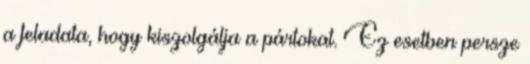
a feladata, hogy kiszolgálja a pártokat. Ez esetben persze